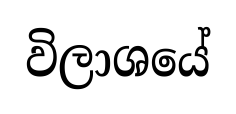
විලාශයේ